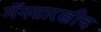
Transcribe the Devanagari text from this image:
मॅनसारखीच